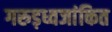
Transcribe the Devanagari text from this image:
गरुड़ध्वजांकित